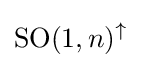
{\text{SO}}(1,n)^{\uparrow }